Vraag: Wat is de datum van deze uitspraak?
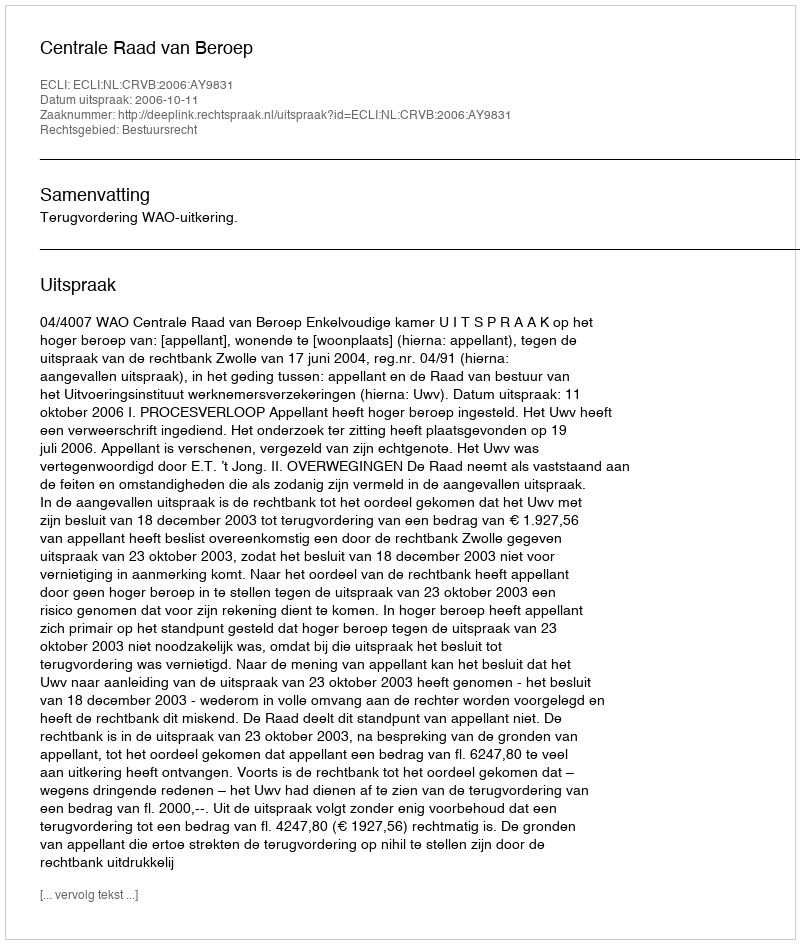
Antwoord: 2006-10-11